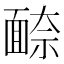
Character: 𩈫